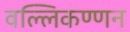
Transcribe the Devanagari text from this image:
वल्लिकण्णन